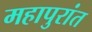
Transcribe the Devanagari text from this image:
महापुरांत